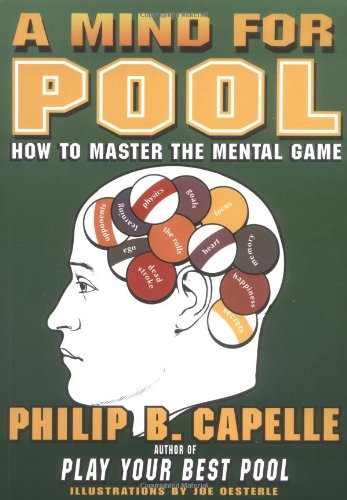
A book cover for A Mind for Pool: How to Master the Mental Game; Philip B. Capelle; Sports & Outdoors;